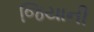
જિયાની